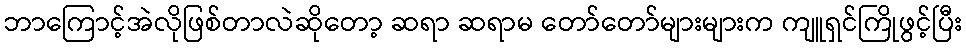
ဘာကြောင့်အဲလိုဖြစ်တာလဲဆိုတော့ ဆရာ ဆရာမ တော်တော်များများက ကျူရှင်ကြိုဖွင့်ပြီး